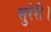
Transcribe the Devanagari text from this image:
सुरेरी।